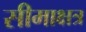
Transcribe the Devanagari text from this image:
सीमाक्षत्र